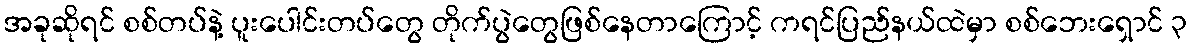
အခုဆိုရင် စစ်တပ်နဲ့ ပူးပေါင်းတပ်တွေ တိုက်ပွဲတွေဖြစ်နေတာကြောင့် ကရင်ပြည်နယ်ထဲမှာ စစ်ဘေးရှောင် ၃